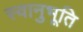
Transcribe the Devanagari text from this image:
स्‍वानुभूति